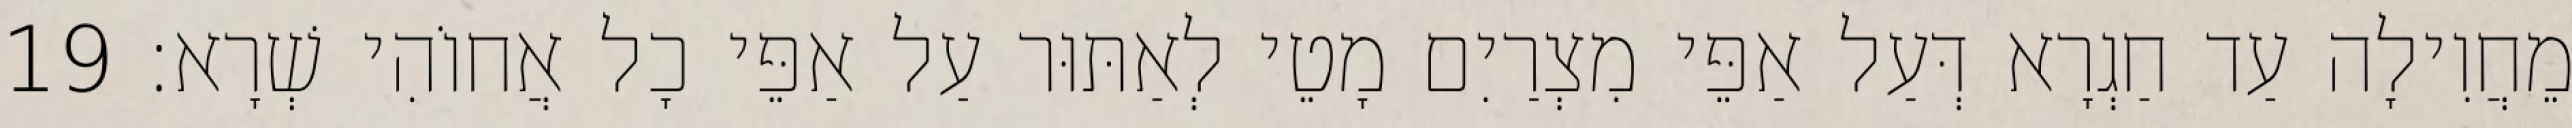
מֵחֲוִילָה עַד חַגְרָא דְּעַל אַפֵּי מִצְרַיִם מָטֵי לְאַתּוּר עַל אַפֵּי כָל אֲחוֹהִי שְׁרָא׃ 19